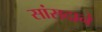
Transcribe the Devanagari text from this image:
सांसदाने